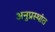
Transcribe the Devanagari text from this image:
अनुप्रस्थांत